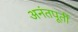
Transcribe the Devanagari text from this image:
अनंतपूर्ती